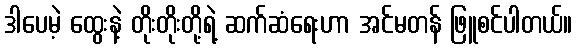
ဒါပေမဲ့ ထွေးနဲ့ တိုးတိုးတို့ရဲ့ ဆက်ဆံရေးဟာ အင်မတန် ဖြူစင်ပါတယ်။